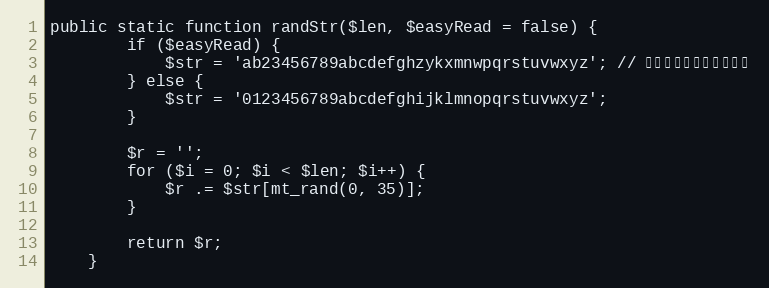
Language: PHP
public static function randStr($len, $easyRead = false) {
		if ($easyRead) {
		    $str = 'ab23456789abcdefghzykxmnwpqrstuvwxyz'; // 人眼容易识别的字母数字
		} else {
			$str = '0123456789abcdefghijklmnopqrstuvwxyz';
		}

		$r = '';
		for ($i = 0; $i < $len; $i++) {
			$r .= $str[mt_rand(0, 35)];
		}

		return $r;
	}